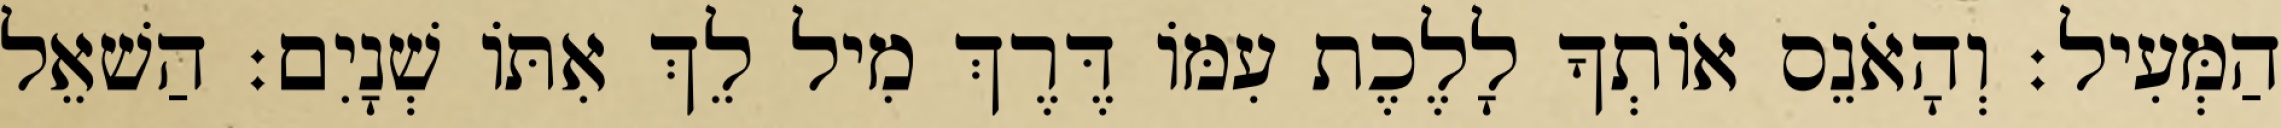
הַמְּעִיל׃ וְהָאֹנֵס אוֹתְךָ לָלֶכֶת עִמּוֹ דֶּרֶךְ מִיל לֵךְ אִתּוֹ שְׁנָיִם׃ הַשׁאֵל